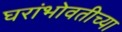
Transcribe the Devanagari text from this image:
घरांभोवतीच्या